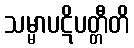
သမ္မာပဋိပတ္တီတိ